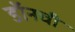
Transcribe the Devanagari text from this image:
डॉनची